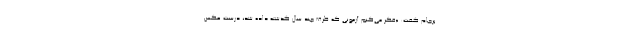
برجام گفت: «فکر می‌کنم آزمونی که ظرف چند سال گذشته داده شد، درست عکس